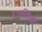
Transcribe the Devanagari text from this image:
ऊध्वर्स्तिष्ठति